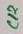
Text: C12